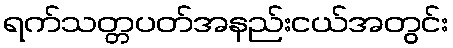
ရက်သတ္တပတ်အနည်းငယ်အတွင်း